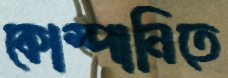
কোম্পানিতে